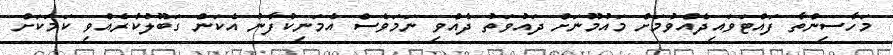
މަހާސިންތާ ފައްޓަވައިދެއްވުމަށް މައުމޫނަށް ދައުވަތު ދެއްވި ނަމަވެސް އެމަނިކުފާނު އެކަން ގަބޫލުކުރެއްވި ކަމަކަށް